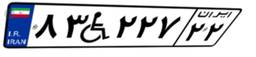
۸۳W۲۲۷۲۲